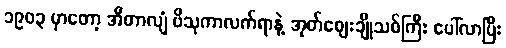
၁၉၀၃ မှာတော့ အီတာလျံ ဗိသုကာလက်ရာနဲ့ အုတ်ဈေးချိုသစ်ကြီး ပေါ်လာပြီး